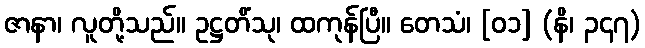
ဇာနာ၊ လူတို့သည်။ ဥဋ္ဌတိံသု၊ ထကုန်ပြီ။ တေသံ၊ [၀၁] (နိ၊ ၃၄၇)